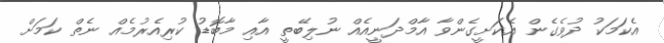
އެކަމަކު ދުވެގެން އެކަށީގެންވާ އާމްދަނީއެއް ނުލިބޭތީ އާއި މާބޮޑު ކުރިއެރުމެއް ނެތް ކަމަށް